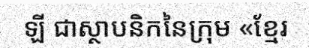
ឡី ជាស្ថាបនិកនៃក្រុម «ខ្មែរ